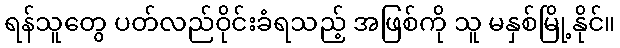
ရန်သူတွေ ပတ်လည်ဝိုင်းခံရသည့် အဖြစ်ကို သူ မနှစ်မြို့နိုင်။